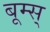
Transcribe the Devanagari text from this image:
बूम्स्